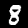
Label: 8